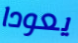
يعودا